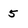
Character: 5